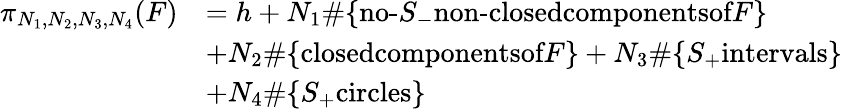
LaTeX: \begin{array}{rl}{\pi_{N_{1},N_{2},N_{3},N_{4}}(F)}&{=h+N_{1}\# \{ \textrm{no-}S_{-}\textrm{non-closedcomponentsof}F\} }\\ &{+N_{2}\# \{ \textrm{closedcomponentsof}F\} +N_{3}\# \{ S_{+}\textrm{intervals}\} }\\ &{+N_{4}\# \{ S_{+}\textrm{circles}\} }\end{array}